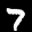
Label: 7